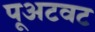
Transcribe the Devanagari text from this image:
पूअटवट